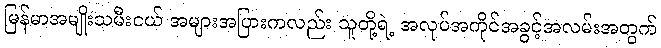
မြန်မာအမျိုးသမီးငယ် အများအပြားကလည်း သူတို့ရဲ့ အလုပ်အကိုင်အခွင့်အလမ်းအတွက်